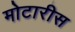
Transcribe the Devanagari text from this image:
मोटारीस